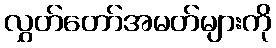
လွှတ်တော်အမတ်များကို